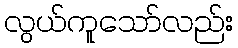
လွယ်ကူသော်လည်း